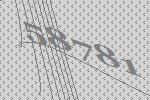
58781